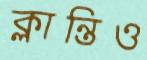
ক্লান্তিও